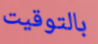
بالتوقيت